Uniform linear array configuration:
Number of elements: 24
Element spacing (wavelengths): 0.5
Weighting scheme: cosine
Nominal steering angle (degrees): -15
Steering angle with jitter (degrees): -13.799
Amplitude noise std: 0.05
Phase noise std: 0.05

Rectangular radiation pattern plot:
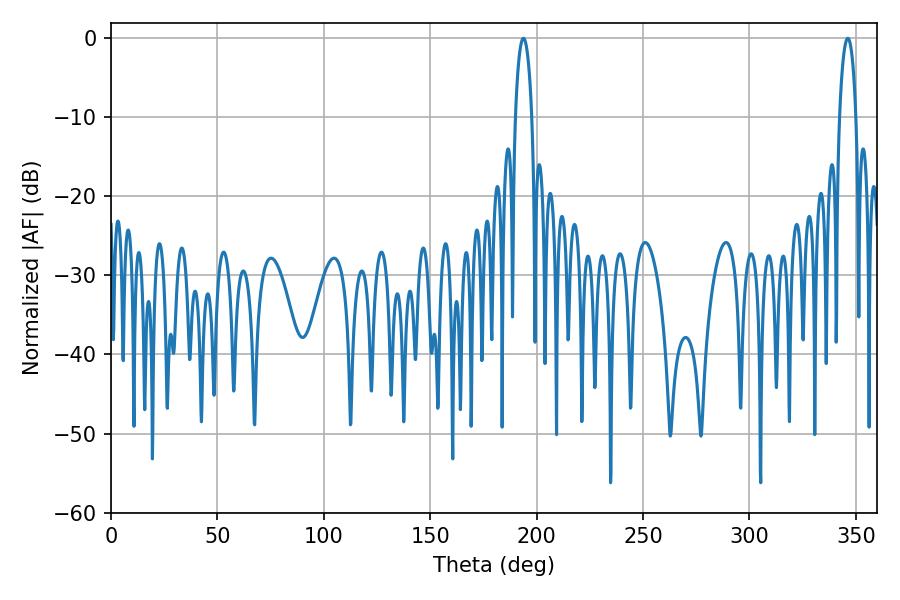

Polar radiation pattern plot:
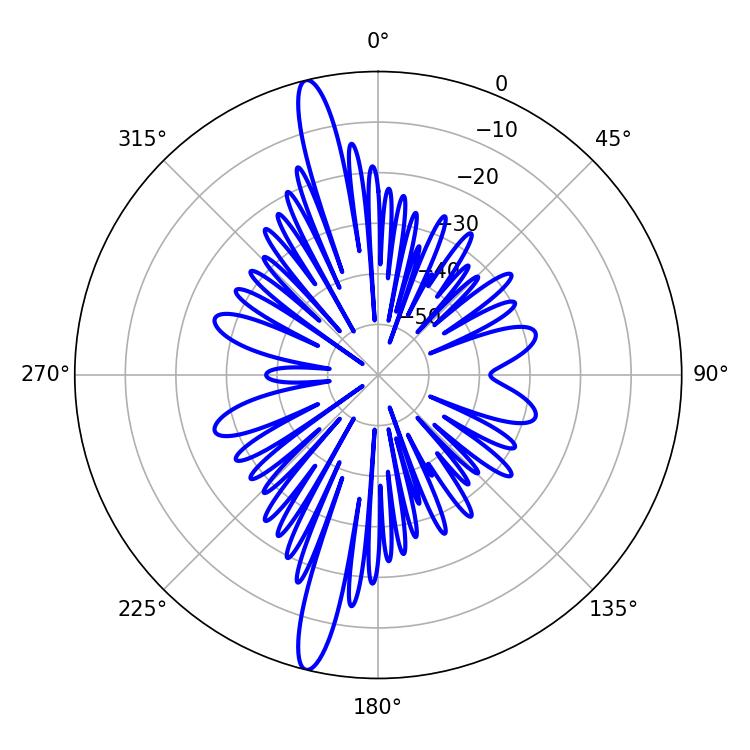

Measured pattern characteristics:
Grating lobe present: FALSE
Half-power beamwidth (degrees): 4.32
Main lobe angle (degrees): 193.86